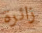
زائرة